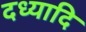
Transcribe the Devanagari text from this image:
दध्यादि